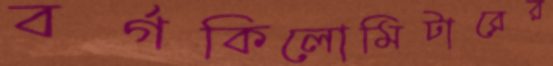
বর্গকিলোমিটারের